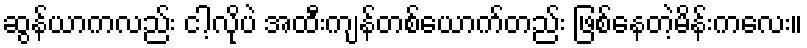
ဆွန်ယာကလည်း ငါ့လိုပဲ အထီးကျန်တစ်ယောက်တည်း ဖြစ်နေတဲ့မိန်းကလေး။